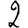
Digit: 2